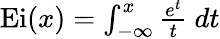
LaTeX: \begin{array}{r}{\mathrm{Ei}(x)=\int_{-\infty}^{x}\frac{e^{t}}{t}~dt}\end{array}